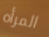
المرأه